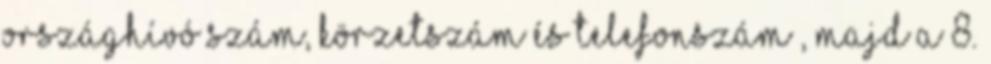
országhívó szám, körzetszám és telefonszám , majd a 8.